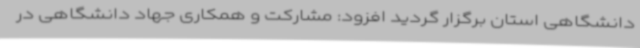
دانشگاهی استان برگزار گردید افزود: مشارکت و همکاری جهاد دانشگاهی در